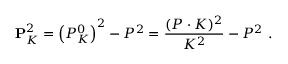
{ \bf P } _ { K } ^ { 2 } = \left( P _ { K } ^ { 0 } \right) ^ { 2 } - P ^ { 2 } = \frac { ( P \cdot K ) ^ { 2 } } { K ^ { 2 } } - P ^ { 2 } \ .